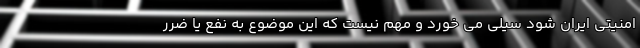
امنیتی ایران شود سیلی می خورد و مهم نیست که این موضوع به نفع یا ضرر